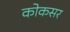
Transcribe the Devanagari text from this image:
कोकसर